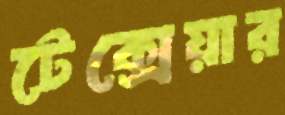
টেক্সেয়ার